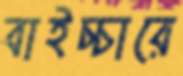
বাইচ্চারে